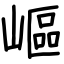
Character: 嶇